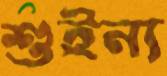
শুইন্য